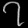
Digit: ၇